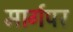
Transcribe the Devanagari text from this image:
मार्गपर